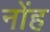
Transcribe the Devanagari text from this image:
नोंह